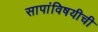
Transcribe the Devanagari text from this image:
सापांविषयीची